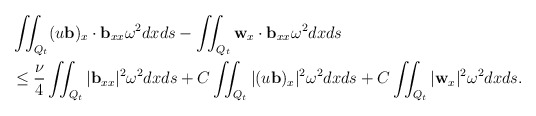
\begin{align*} & \iint_{Q_t} (u\mathbf{b})_x\cdot \mathbf{b}_{xx}\omega^2 dxds-\iint_{Q_t} \mathbf{w}_x\cdot \mathbf{b}_{xx}\omega^2 dxds\\ &\leq \frac{\nu}{4}\iint_{Q_t} |\mathbf{b}_{xx}|^2\omega^2 dxds+C\iint_{Q_t} |(u\mathbf{b})_x|^2\omega^2 dxds +C\iint_{Q_t} |\mathbf{w}_{x}|^2\omega^2 dxds. \end{align*}